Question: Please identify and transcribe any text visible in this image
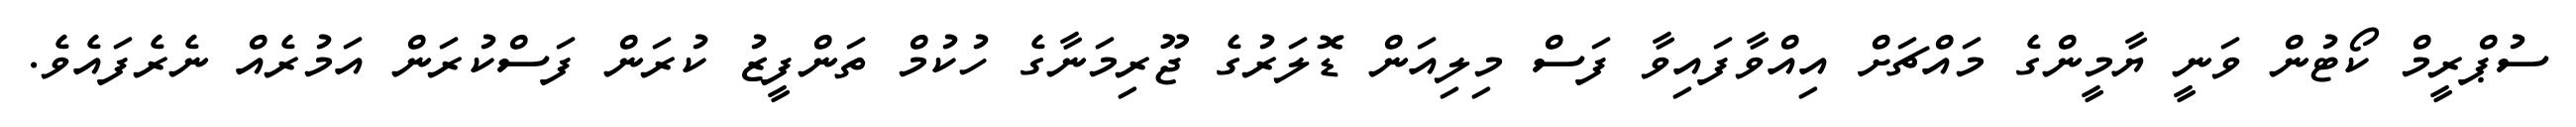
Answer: ސުޕްރީމް ކޯޓުން ވަނީ ޔާމީންގެ މައްޗަށް އިއްވާފައިވާ ފަސް މިލިއަން ޑޮލަރުގެ ޖޫރިމަނާގެ ހުކުމް ތަންފީޒު ކުރަން ފަސްކުރަން އަމުރެއް ނެރެފައެވެ.